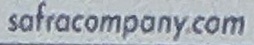
safracompany.com